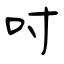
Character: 吋